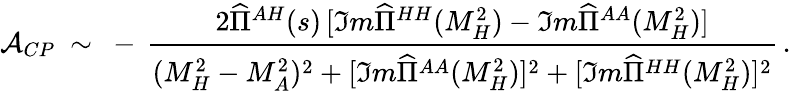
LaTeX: {\cal A}_{CP}\ \sim\ -\, \frac{2\widehat{\Pi}^{AH}(s)\, [\Im m\widehat{\Pi}^{HH}(M_{H}^{2})-\Im m\widehat{\Pi}^{AA}(M_{H}^{2})]}{(M_{H}^{2}-M_{A}^{2})^{2}+[\Im m\widehat{\Pi}^{AA}(M_{H}^{2})]^{2}+[\Im m\widehat{\Pi}^{HH}(M_{H}^{2})]^{2}}\, .